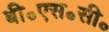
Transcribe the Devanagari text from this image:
बी॰एस॰सी॰